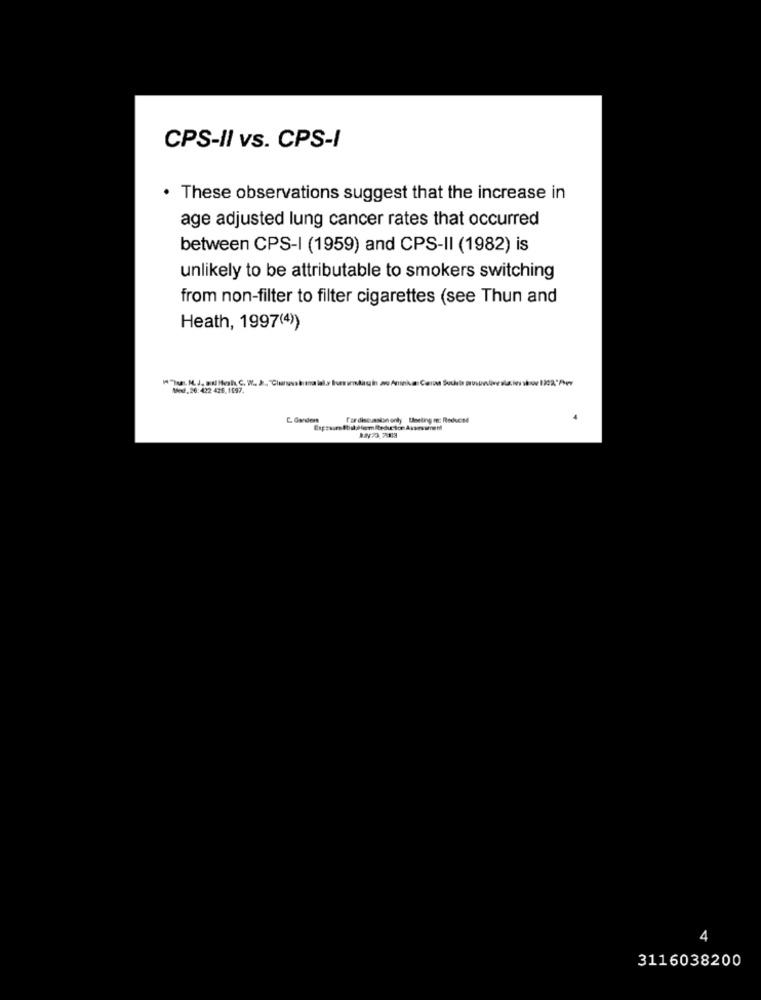
CPS-II vs. CPS-I
. These observations suggest that the increase in
age adjusted lung cancer rates that occurred
between CPS-I (1959) and CPS-II (1982) is
unlikely to be attributable to smokers switching
from non-filter to filter cigarettes (see Thun and
Heath, 1997(4))
Mod_26:422 426.1097.
fardiscussion onty Uneling me: Reduced
4
3116038200